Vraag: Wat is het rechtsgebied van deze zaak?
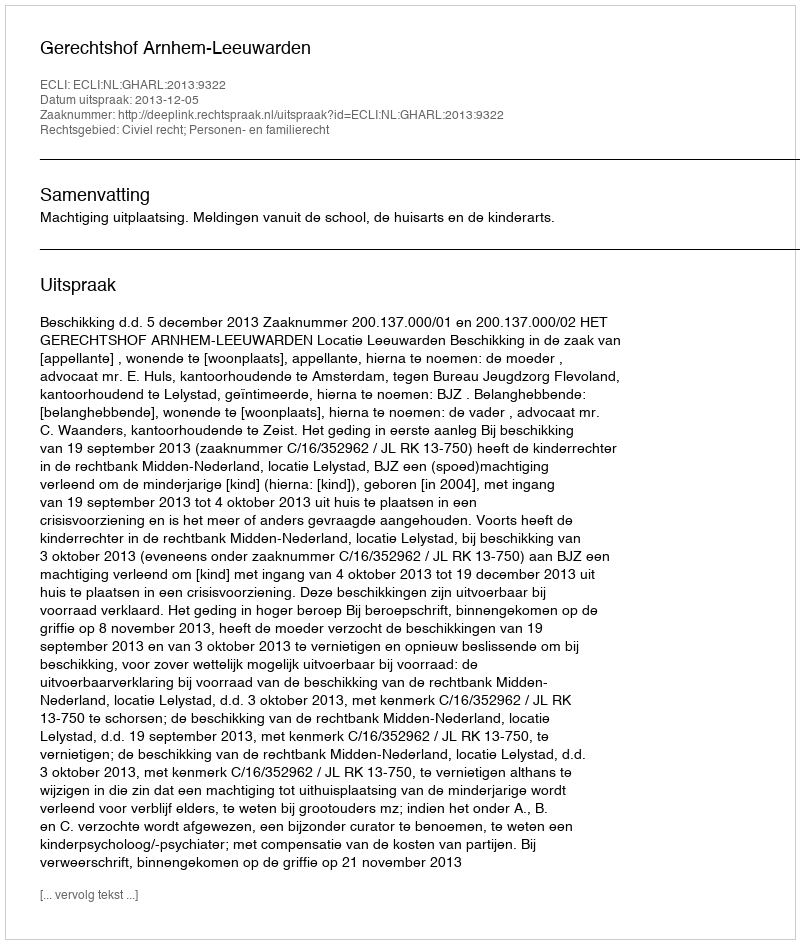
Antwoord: Civiel recht; Personen- en familierecht